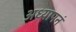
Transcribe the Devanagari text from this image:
अध्यापनं